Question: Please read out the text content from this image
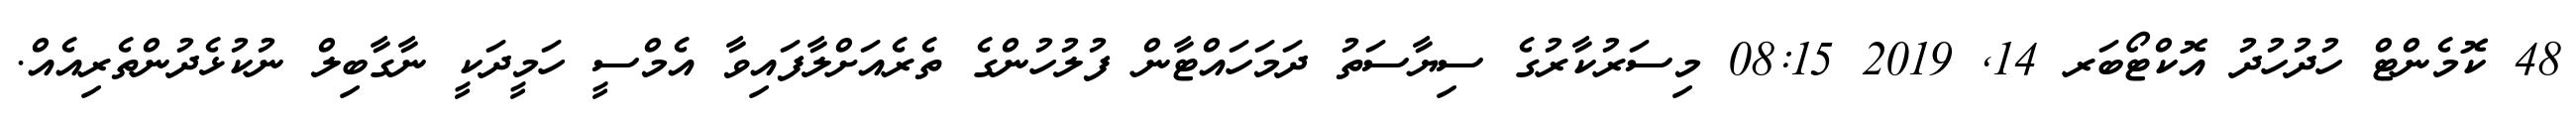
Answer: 48 ކޮމެންޓް ހުދުހުދު އޮކްޓޯބަރ 14, 2019 08:15 މިސަރުކާރުގެ ސިޔާސަތު ދަމަހައްޓާން ފުލުހުންގެ ތެރެއަށްލާފައިވާ އެމްސީ ހަމީދަކީ ނާގާބިލް ނުކުޅެދުންތެރިއެއް.